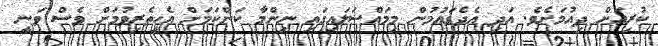
ކުރިއަށް ދިއުމަށެވެ. އަދި އެދެގައުމުން މިމައްސަލައިގައި ނިންމާ ކަންކަމަށް އެހީތެރިވުމަށް ވެސް ވަނީ